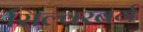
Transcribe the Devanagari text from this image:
सिल्वरबर्ग